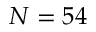
N = 5 4